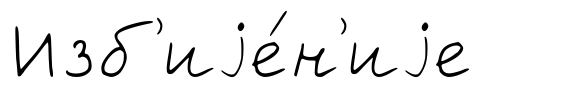
Изб'иjе́н'иjе